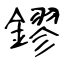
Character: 鏐